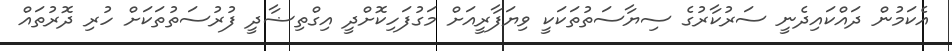
އެކަމުން ދައްކައިދެނީ ސަރުކާރުގެ ސިޔާސަތުތަކަކީ ވިޔަފާރީއަށް މަގުފަހިކޮށްދީ އިގްތިޟާދީ ފުރުސަތުތަކަށް ހުރި ދޮރުތައް